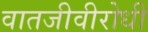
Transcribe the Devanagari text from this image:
वातजीवीरोधी